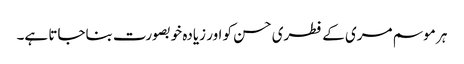
ہر موسم مری کے فطری حسن کو اور زیادہ خوبصورت بناجاتا ہے۔